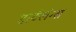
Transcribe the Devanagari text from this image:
हार्टलंग्स